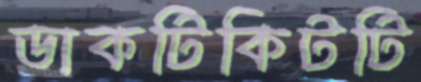
ডাকটিকিটটি